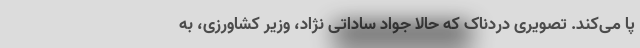
پا می‌کند. تصویری دردناک که حالا جواد ساداتی نژاد، وزیر کشاورزی، به